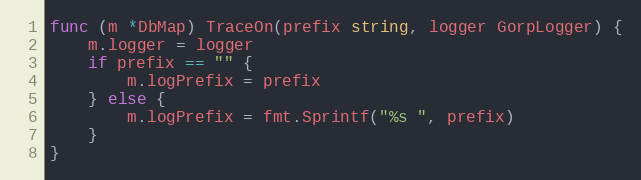
Language: Go
func (m *DbMap) TraceOn(prefix string, logger GorpLogger) {
	m.logger = logger
	if prefix == "" {
		m.logPrefix = prefix
	} else {
		m.logPrefix = fmt.Sprintf("%s ", prefix)
	}
}